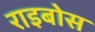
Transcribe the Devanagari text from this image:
राइबोस